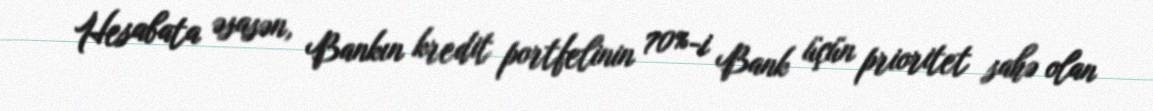
Hesabata əsasən, Bankın kredit portfelinin 70%-i Bank üçün prioritet sahə olan